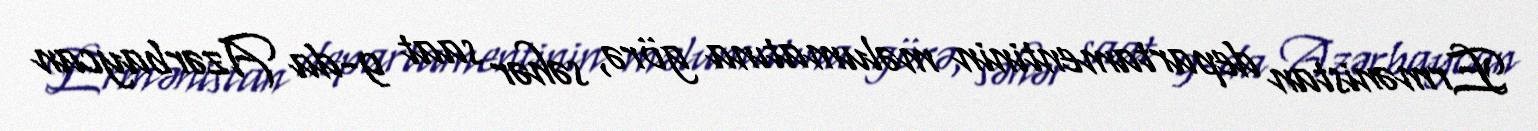
Ermənistan departamentinin məlumatına görə, səhər saat 9-da Azərbaycan